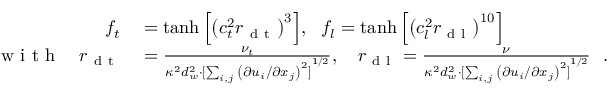
\begin{array} { r l } { f _ { t } } & { { } = \operatorname { t a n h } { \left[ { \left( c _ { t } ^ { 2 } r _ { \mathrm { ~ d ~ t ~ } } \right) } ^ { 3 } \right] } , \ \ f _ { l } = \operatorname { t a n h } { \left[ { \left( c _ { l } ^ { 2 } r _ { \mathrm { ~ d ~ l ~ } } \right) } ^ { 1 0 } \right] } } \\ { \mathrm { ~ w ~ i ~ t ~ h ~ } \ \ \ r _ { \mathrm { ~ d ~ t ~ } } } & { { } = \frac { \nu _ { t } } { \kappa ^ { 2 } d _ { w } ^ { 2 } \cdot { [ \sum _ { i , j } { \left( \partial u _ { i } / \partial x _ { j } \right) } ^ { 2 } ] } ^ { 1 / 2 } } , \ \ \ r _ { \mathrm { ~ d ~ l ~ } } = \frac { \nu } { \kappa ^ { 2 } d _ { w } ^ { 2 } \cdot { [ \sum _ { i , j } { \left( \partial u _ { i } / \partial x _ { j } \right) } ^ { 2 } ] } ^ { 1 / 2 } } \ \ . } \end{array}